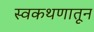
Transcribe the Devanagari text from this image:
स्वकथणातून